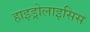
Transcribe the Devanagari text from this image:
हाइड्रोलाइसिस